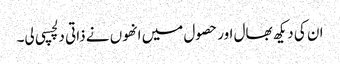
ان کی دیکھ بھال اور حصول میں انھوں نے ذاتی دلچسپی لی۔